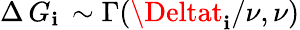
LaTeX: \Delta\, G_{\mathbf{i}}\, \sim\Gamma(\Deltat_{\mathbf{i}}/\nu,\nu)